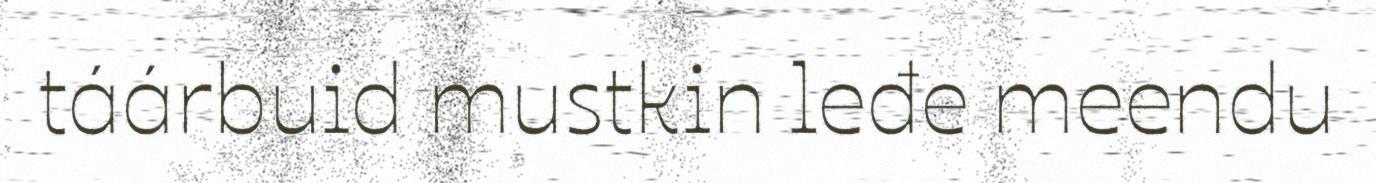
táárbuid mustkin leđe meendu